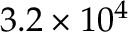
3 . 2 \times 1 0 ^ { 4 }